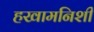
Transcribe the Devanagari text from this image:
हखामनिशी